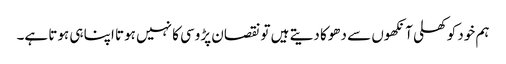
ہم خود کو کھلی آنکھوں سے دھوکا دیتے ہیں تو نقصان پڑوسی کا نہیں ہوتا اپنا ہی ہوتا ہے۔